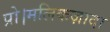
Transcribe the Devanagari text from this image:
प्रो।मलिकज़ादा